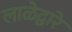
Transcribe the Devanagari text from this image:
लाळेद्वारे